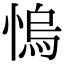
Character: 𢞬